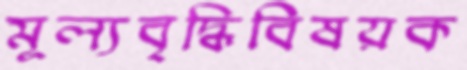
মূল্যবৃদ্ধিবিষয়ক